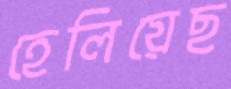
হেলিয়েছ